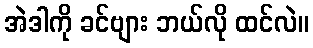
အဲဒါကို ခင်ဗျား ဘယ်လို ထင်လဲ။